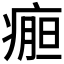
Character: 𰣹